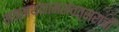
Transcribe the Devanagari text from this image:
मन्मथनामसंवत्सराची